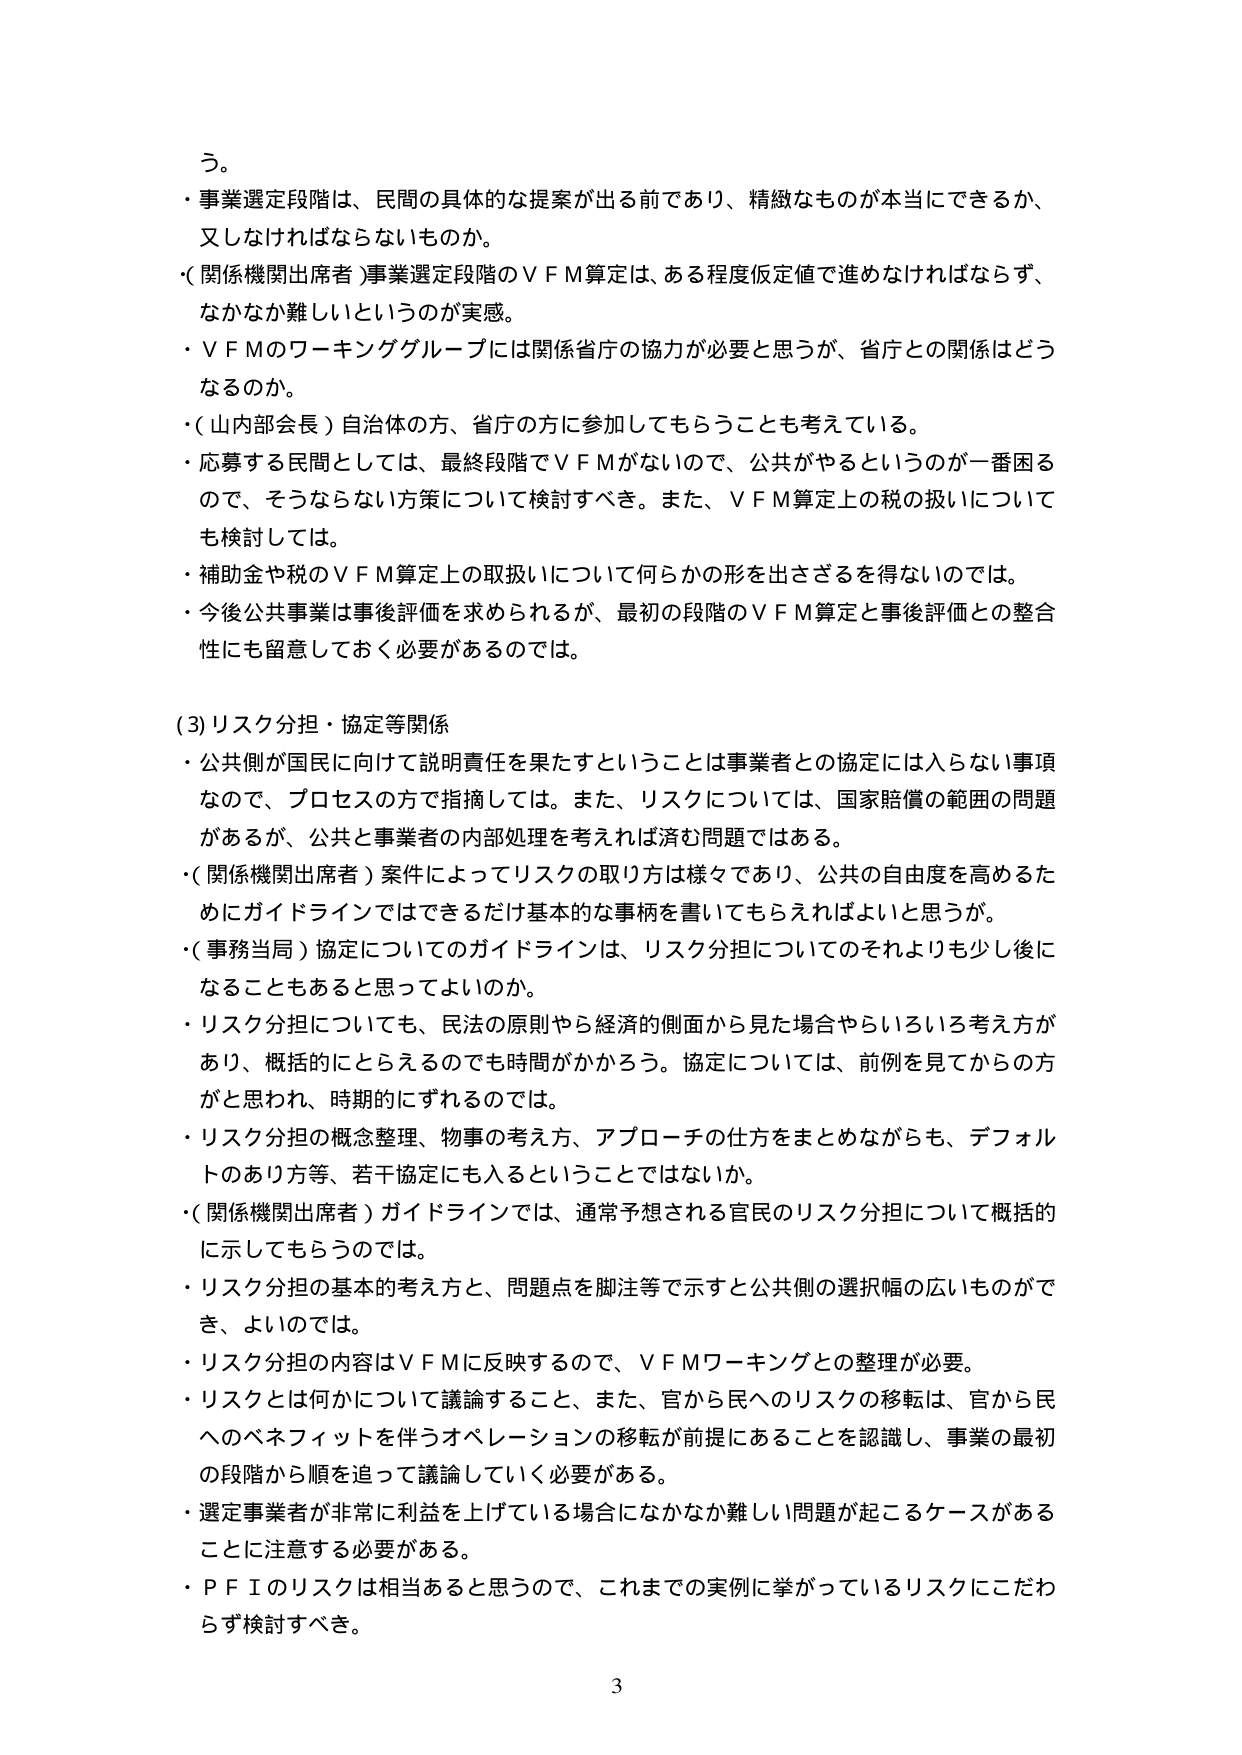
う。
・事業選定段階は、民間の具体的な提案が出る前であり、精緻なものがあらかじめできるか、
又しなければならないものか。
・（関係機関出席者）事業選定段階のＶＦＭ算定は、ある程度仮定値で進めなければならないず、
なかなか難しいというのが実感。
・ＶＦＭのワーキンググループには関係省庁の協力が必要と思うが、省庁との関係はどう
なるのか。
・（山内部会長）自治体の方、省庁の方に参加してもらうことも考えている。
・応募する民間としては、最終段階でＶＦＭがないので、公共がやるというのが一番困る
ので、そうならない方策について検討すべき。また、ＶＦＭ算定上の税の扱いについて
も検討しては。
・補助金や税のＶＦＭ算定上の取扱いについて何らかの形を出さざるを得ないのでは。
・今後公共事業は事後評価を求められるが、最初の段階のＶＦＭ算定と事後評価との整合
性にも留意しておく必要があるのでは。

(3) リスク分担・協定等関係
・公共側が国民に向けて説明責任を果たすということは事業者との協定には入らない事項
なので、プロセスの方で指摘しては。また、リスクについては、国家賠償の範囲の問題
があるが、公共と事業者の内部処理を考えれば済む問題ではある。
・（関係機関出席者）案件によってリスクの取り方は様々であり、公共の自由度を高めるた
めにガイドラインではできるだけ基本的な事柄を書いてもらえればよいと思うが。
・（事務当局）協定についてのガイドラインは、リスク分担についてのそれよりも少し後に
なることもあると思ってよいのか。
・リスク分担についても、民法の原則やら経済的側面から見た場合やらいろいろ考え方
があり、概括的にとらえるのでも時間がかかるう。協定については、前例を見てからの方
がと思われ、時期的にずれるのでは。
・リスク分担の概念整理、物事の考え方、アプローチの仕方をまとめながらも、デフォル
トのあり方等、若干協定にも入るということではないか。
・（関係機関出席者）ガイドラインでは、通常予想される官民のリスク分担について概括的
に示してもらうのでは。
・リスク分担の基本的考え方と、問題点を脚注等で示すと公共側の選択幅の広いものがあ
き、よいのでは。
・リスク分担の内容はＶＦＭに反映するので、ＶＦＭワーキングとの整理が必要。
・リスクとは何かについて議論すること、また、官から民へのリスクの移転は、官から民
へのベネフィットを伴うオペレーションの移転が前提にあることを認識し、事業の最初
の段階から順を追って議論していく必要がある。
・選定事業者が非常に利益を上げている場合になかなか難しい問題が起こるケースがある
ことに注意する必要がある。
・ＰＦＩのリスクは相当あると思うので、これまでの実例に挙がっているリスクにこだわ
らず検討すべき。

3